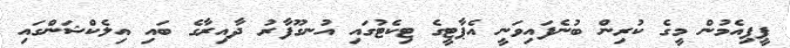
ޕީޕިއެމުން މީގެ ކުރިން ބުނެފައިވަނީ އެޕާޓީގެ ޓިކެޓުގައި އުނގޫފާރު ދާއިރާގެ ބައި އިލެކްޝަންގައި